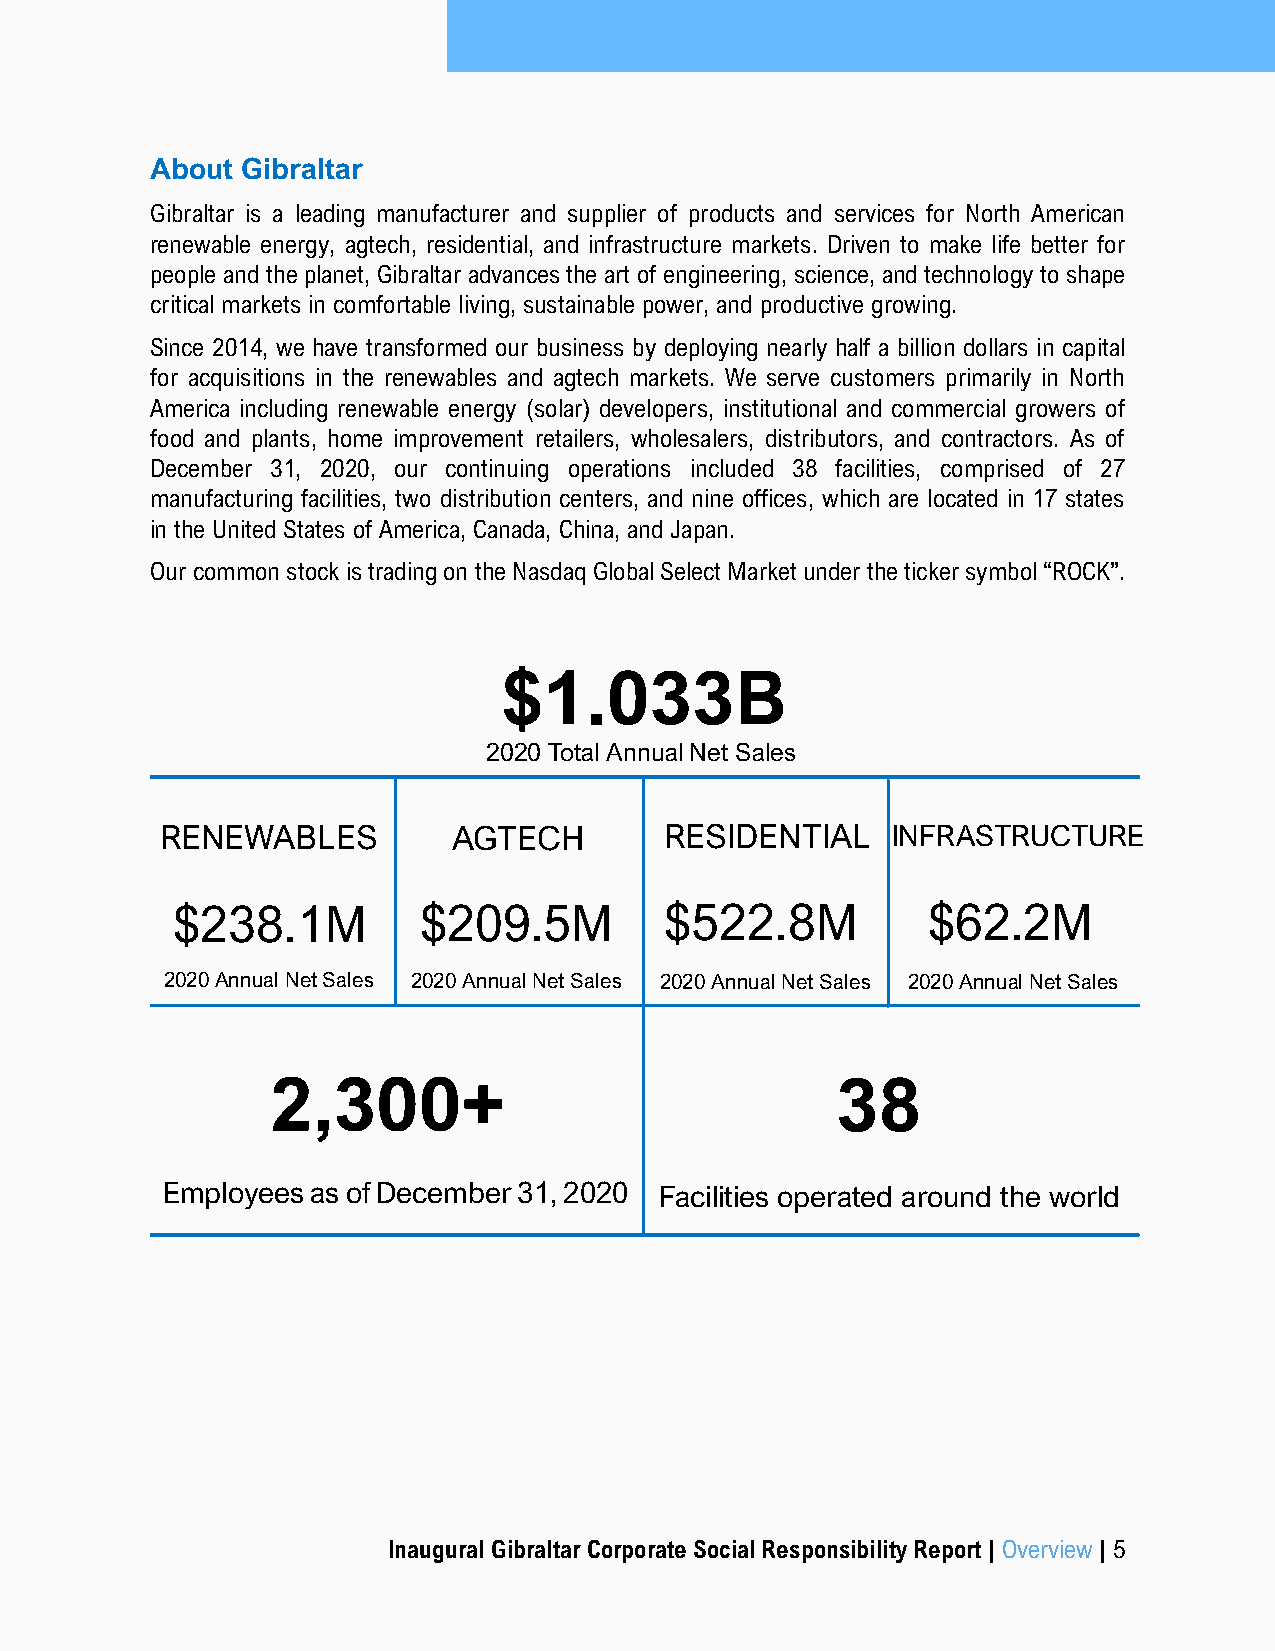
About Gibraltar
 Gibraltar is a leading manufacturer and supplier of products and services for North American
 renewable energy, agtech, residential, and infrastructure markets. Driven to make life better for
 people and the planet, Gibraltar advances the art of engineering, science, and technology to shape
 critical markets in comfortable living, sustainable power, and productive growing.
 Since 2014, we have transformed our business by deploying nearly half a billion dollars in capital
 for acquisitions in the renewables and agtech markets. We serve customers primarily in North
 America including renewable energy (solar) developers, institutional and commercial growers of
 food and plants, home improvement retailers, wholesalers, distributors, and contractors. As of
 December 31, 2020, our continuing operations included 38 facilities, comprised of 27
 manufacturing facilities, two distribution centers, and nine offices, which are located in 17 states
 in the United States of America, Canada, China, and Japan.
 Our common stock is trading on the Nasdaq Global Select Market under the ticker symbol “ROCK”.
 $1.033B
 2020 Total Annual Net Sales
 RENEWABLES         AGTECH        RESIDENTIAL    INFRASTRUCTURE
 $238.1M          $209.5M         $522.8M          $62.2M
 2020 Annual Net Sales 2020 Annual Net Sales 2020 Annual Net Sales 2020 Annual Net Sales
 2,300+                               38
 Employees as of December 31, 2020 Facilities operated around the world
 Inaugural Gibraltar Corporate Social Responsibility Report | Overview | 5